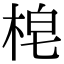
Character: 梍